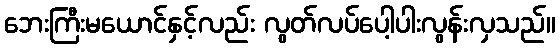
ဘေးကြီးမယောင်နှင့်လည်း လွတ်လပ်ပေါ့ပါးလွန်းလှသည်။